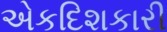
એકદિશકારી